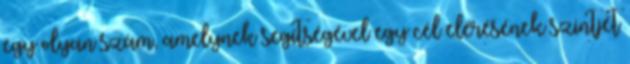
egy olyan szám, amelynek segítségével egy cél elérésének szintjét